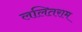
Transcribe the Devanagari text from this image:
ललितराम